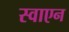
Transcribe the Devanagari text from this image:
स्वाएन